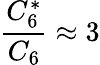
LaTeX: \frac{C_{6}^{*}}{C_{6}}\approx 3